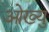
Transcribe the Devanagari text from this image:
ओख्यु